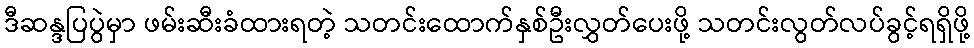
ဒီဆန္ဒပြပွဲမှာ ဖမ်းဆီးခံထားရတဲ့ သတင်းထောက်နှစ်ဦးလွှတ်ပေးဖို့ သတင်းလွတ်လပ်ခွင့်ရရှိဖို့